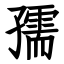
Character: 孺